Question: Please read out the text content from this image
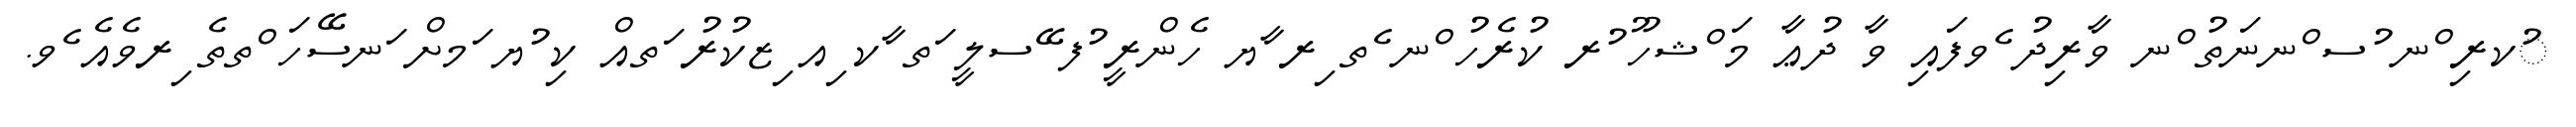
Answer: ުކރި ްނ ުސ ްނނަތު ްނ ވާރިދު ެވފައި ވާ ދުޢާ މަ ްޝހޫ ުރ ކުރެހު ްނ ެތ ިރ ާޔ ހެންރީ ުފ ޭސލީ ަތ ާކ ިއ ިޒކުރު ަތއް ކި ުޔ ަމށް ަނސޭހަ ްތތެ ިރވެއެ ެވ.